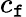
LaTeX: c_{\mathtt{f}}